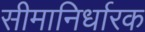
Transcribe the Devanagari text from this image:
सीमानिर्धारक